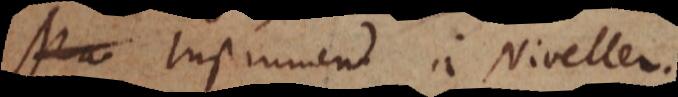
Instrument à Niveller.